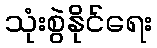
သုံးစွဲနိုင်ရေး